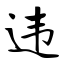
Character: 违